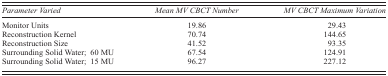
<table><thead><tr><td><b><i>Parameter Varied</i></b></td><td><b><i>Mean MV CBCT Number</i></b></td><td><b><i>MV CBCT Maximum Variation</i></b></td></tr></thead><tbody><tr><td>Monitor Units</td><td>19.86</td><td>29.43</td></tr><tr><td>Reconstruction Kernel</td><td>70.74</td><td>144.65</td></tr><tr><td>Reconstruction Size</td><td>41.52</td><td>93.35</td></tr><tr><td>Surrounding Solid Water; 60 MU</td><td>67.54</td><td>124.91</td></tr><tr><td>Surrounding Solid Water; 15 MU</td><td>96.27</td><td>227.12</td></tr></tbody></table>